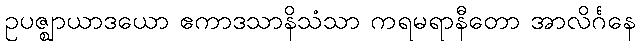
ဥပဇ္ဈာယာဒယော ဧကာဒသာနိသံသာ ကရမရာနီတော အာလိင်္ဂနေ